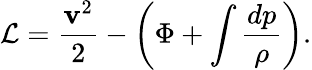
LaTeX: {\cal\mathcal{L}}=\frac{{\mathbf{{v}}^{2}}}{{2}}-\left(\Phi+\int\frac{{dp}}{{\rho}}\right).